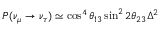
P ( \nu _ { \mu } \rightarrow \nu _ { \tau } ) \simeq \cos ^ { 4 } \theta _ { 1 3 } \sin ^ { 2 } 2 \theta _ { 2 3 } \Delta ^ { 2 }